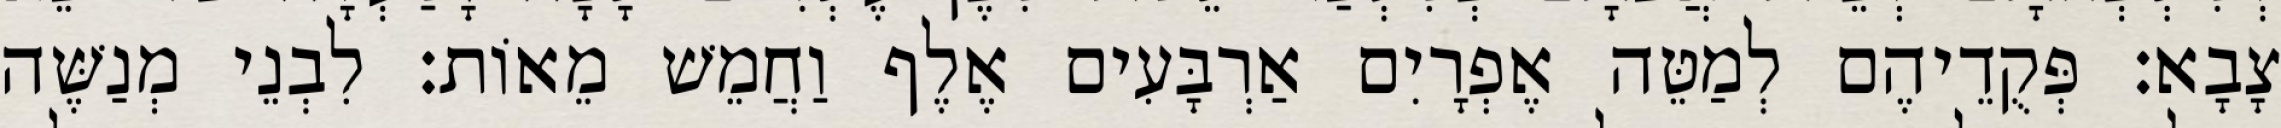
צָבָא׃ פְּקֻדֵיהֶם לְמַטֵּה אֶפְרָיִם אַרְבָּעִים אֶלֶף וַחֲמֵשׁ מֵאוֹת׃ לִבְנֵי מְנַשֶּׁה